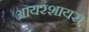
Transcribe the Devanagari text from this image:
आयरशायर।